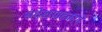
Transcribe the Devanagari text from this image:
संदेशग्राहकाने